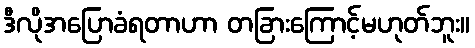
ဒီလိုအပြောခံရတာဟာ တခြားကြောင့်မဟုတ်ဘူး။